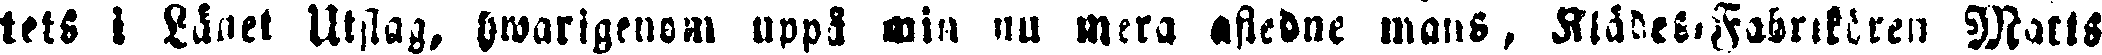
tets i Länet Utslag, hwarigenom uppå min nu mera afledne mans, Klädes-Fabrikaren Matts